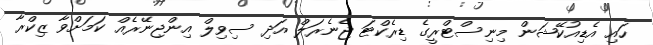
ހައި އެޑިއުކޭޝަން މިނިސްޓްރީގެ ޑިރެކްޓަ ޖެނެރަލް އަދި ސިވިލް އިންޖިނޭރެއް ކަމަށްވާ ޒިކްރާ